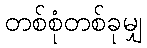
တစ်စုံတစ်ခုမျှ